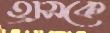
হ্রাসকে